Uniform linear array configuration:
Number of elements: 8
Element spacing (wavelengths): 0.5
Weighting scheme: binomial
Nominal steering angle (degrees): -30
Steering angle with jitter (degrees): -31.635
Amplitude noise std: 0.05
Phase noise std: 0.05

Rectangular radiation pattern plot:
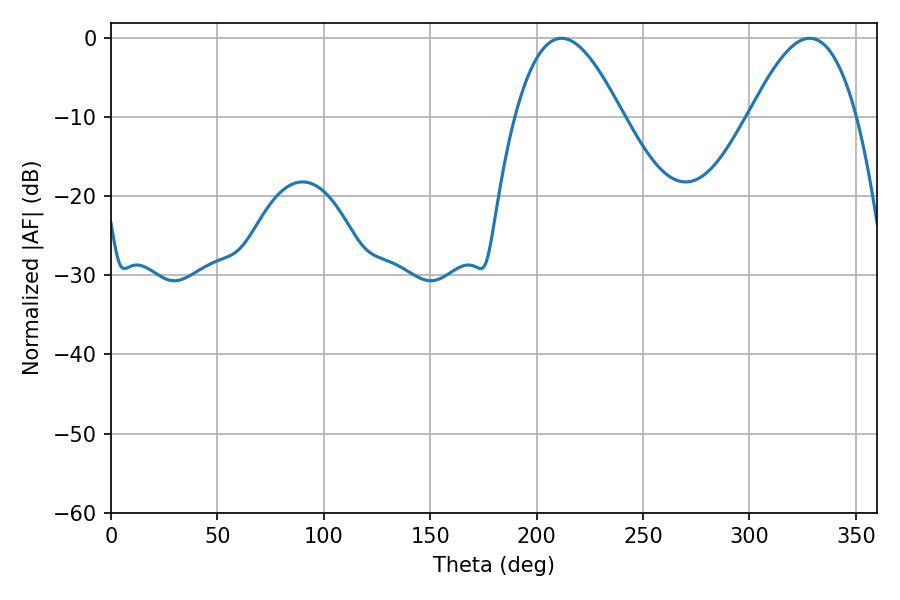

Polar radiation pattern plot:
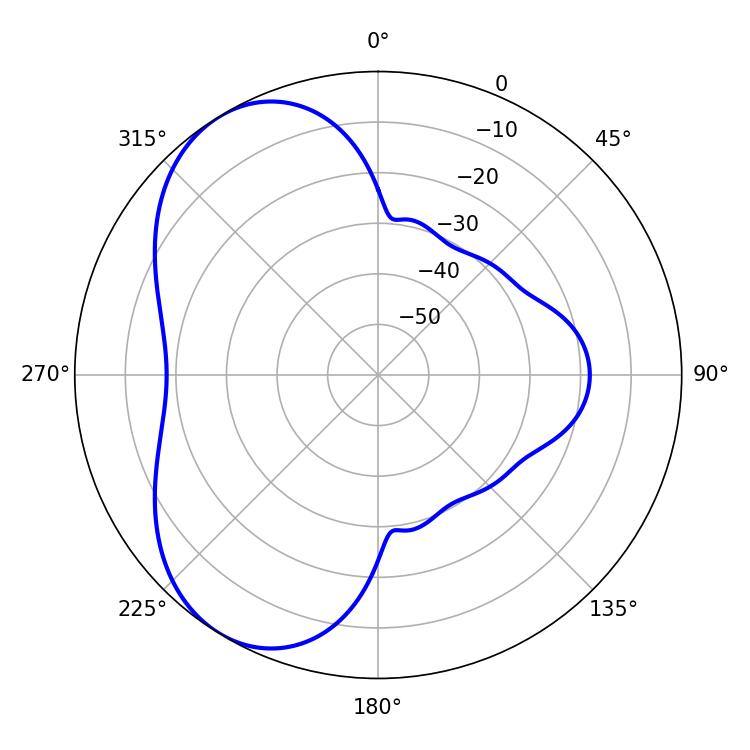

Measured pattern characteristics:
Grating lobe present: FALSE
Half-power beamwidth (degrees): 27.36
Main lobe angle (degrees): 211.68